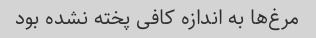
مرغ‌ها به اندازه کافی پخته نشده بود